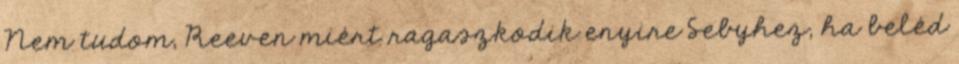
Nem tudom, Reeven miért ragaszkodik enyire Sebyhez, ha beléd